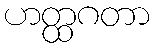
ဟတ္ထဂတာ